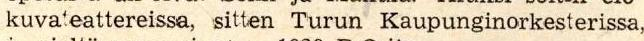
kuvateattereissa, sitten Turun Kaupunginorkesterissa,